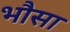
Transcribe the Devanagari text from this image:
भौसा